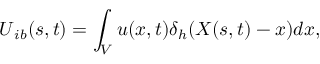
\boldsymbol { U } _ { i b } ( s , t ) = \int _ { V } \boldsymbol { u } ( x , t ) \delta _ { h } ( \boldsymbol { X } ( s , t ) - \boldsymbol { x } ) d \boldsymbol { x } ,